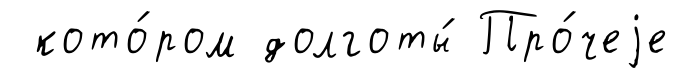
кото́ром долготы́ Про́чеjе